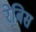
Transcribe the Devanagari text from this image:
रेबिस